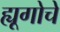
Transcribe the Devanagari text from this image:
ह्यूगोचे